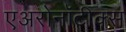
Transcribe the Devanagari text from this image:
एअरोनॉटीक्स